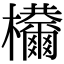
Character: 𣡋